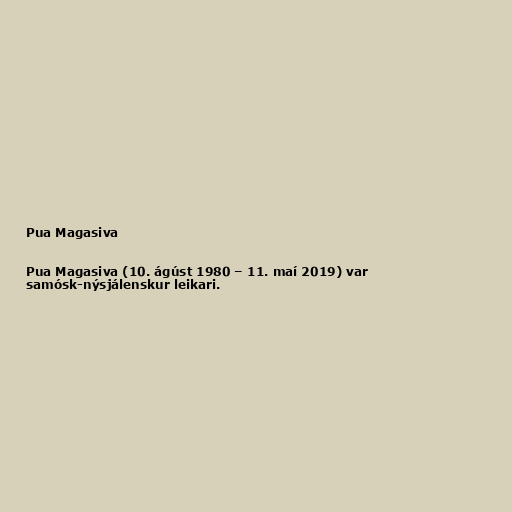
Pua Magasiva

Pua Magasiva (10. ágúst 1980 – 11. maí 2019) var
samósk-nýsjálenskur leikari.